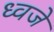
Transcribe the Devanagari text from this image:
ध्वजे